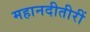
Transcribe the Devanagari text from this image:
महानदीतीरीं